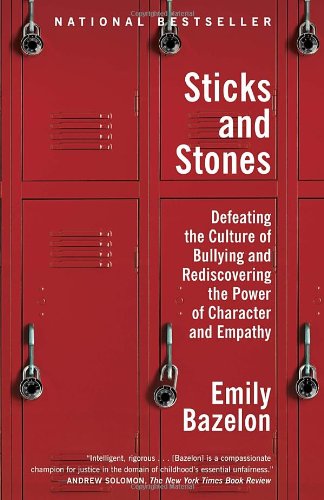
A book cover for Sticks and Stones: Defeating the Culture of Bullying and Rediscovering the Power of Character and Empathy; Emily Bazelon; Medical Books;